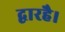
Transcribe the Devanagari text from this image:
द्वारहै।